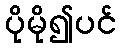
ပိုမို၍ပင်